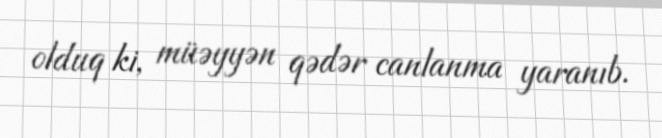
olduq ki, müəyyən qədər canlanma yaranıb.